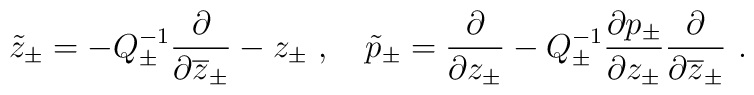
\tilde{z}_{\pm}=-Q_{\pm}^{-1}\displaystyle\displaystyle\frac{\partial}{\partial \overline{z}_{\pm}}-z_{\pm}~,~~~\tilde{p}_{\pm}=\displaystyle\displaystyle\frac{\partial}{\partial z_{\pm}}-Q_{\pm}^{-1}\displaystyle\frac{\partial p_{\pm}}{\partial z_{\pm}}\displaystyle\displaystyle\frac{\partial}{\partial \overline{z}_{\pm}}~.